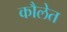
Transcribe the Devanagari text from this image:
कौलेत